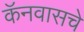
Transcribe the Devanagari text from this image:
कॅनवासचे